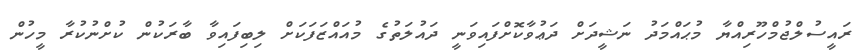
ރައީސުލްޖުމްހޫރިއްޔާ މުޙައްމަދު ނަޝީދަށް ދަޢުވާކޮށްފައިވަނީ ދައުލަތުގެ މުއައްޒަފަކަށް ލިބިފައިވާ ބާރަކުން ކުށްނުކުރާ މީހުން